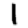
Digit: 1